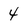
Character: 4